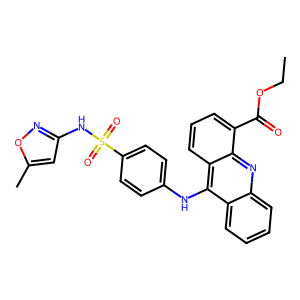
SMILES: CCOC(=O)c1cccc2c(Nc3ccc(S(=O)(=O)Nc4cc(C)on4)cc3)c3ccccc3nc12
Inhibits HIV replication: No